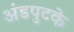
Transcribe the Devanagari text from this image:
अंडपुटके